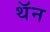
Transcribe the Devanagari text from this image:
थॅन